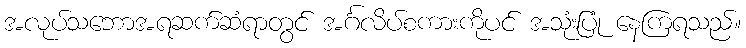
အလုပ်သဘောအရဆက်ဆံရာတွင် အင်္ဂလိပ်စကားကိုပင် အသုံးပြုံ နေကြရသည်။